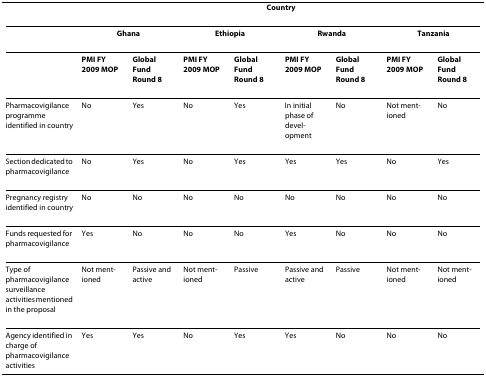
<table><thead><tr><td></td><td colspan="8"><b>Country</b></td></tr></thead><tbody><tr><td></td><td colspan="2"><b>Ghana</b></td><td colspan="2"><b>Ethiopia</b></td><td colspan="2"><b>Rwanda</b></td><td colspan="2"><b>Tanzania</b></td></tr><tr><td></td><td><b>PMI FY 2009 MOP</b></td><td><b>Global Fund Round 8</b></td><td><b>PMI FY 2009 MOP</b></td><td><b>Global Fund Round 8</b></td><td><b>PMI FY 2009 MOP</b></td><td><b>Global Fund Round 8</b></td><td><b>PMI FY 2009 MOP</b></td><td><b>Global Fund Round 8</b></td></tr><tr><td>Pharmacovigilance programme identified in country</td><td>No</td><td>Yes</td><td>No</td><td>Yes</td><td>In initial phase of devel-opment</td><td>No</td><td>Not ment-ioned</td><td>No</td></tr><tr><td>Section dedicated to pharmacovigilance</td><td>No</td><td>Yes</td><td>No</td><td>Yes</td><td>Yes</td><td>Yes</td><td>No</td><td>Yes</td></tr><tr><td>Pregnancy registry identified in country</td><td>No</td><td>No</td><td>No</td><td>No</td><td>No</td><td>No</td><td>No</td><td>No</td></tr><tr><td>Funds requested for pharmacovigilance</td><td>Yes</td><td>No</td><td>No</td><td>No</td><td>Yes</td><td>No</td><td>No</td><td>No</td></tr><tr><td>Type of pharmacovigilance surveillance activities mentioned in the proposal</td><td>Not ment-ioned</td><td>Passive and active</td><td>Not ment-ioned</td><td>Passive</td><td>Passive and active</td><td>Passive</td><td>Not ment-ioned</td><td>Not ment-ioned</td></tr><tr><td>Agency identified in charge of pharmacovigilance activities</td><td>Yes</td><td>Yes</td><td>No</td><td>Yes</td><td>Yes</td><td>No</td><td>No</td><td>No</td></tr></tbody></table>